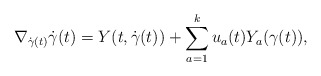
\begin{align*}\nabla_{\dot{\gamma}(t)}\dot{\gamma}(t)=Y(t,\dot{\gamma}(t))+\sum_{a=1}^ku_a(t)Y_a(\gamma(t)),\end{align*}